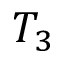
T _ { 3 }